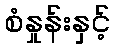
စံနှုန်းနှင့်